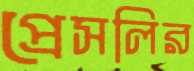
প্রেসলির